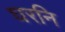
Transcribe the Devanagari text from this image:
घरनि